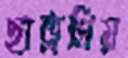
ছাত্রপ্রিয়